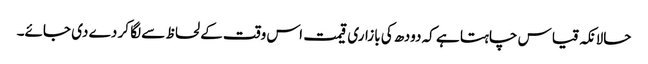
حالانکہ قیاس چاہتا ہے کہ دودھ کی بازاری قیمت اس وقت کے لحاظ سے لگا کر دے دی جائے۔